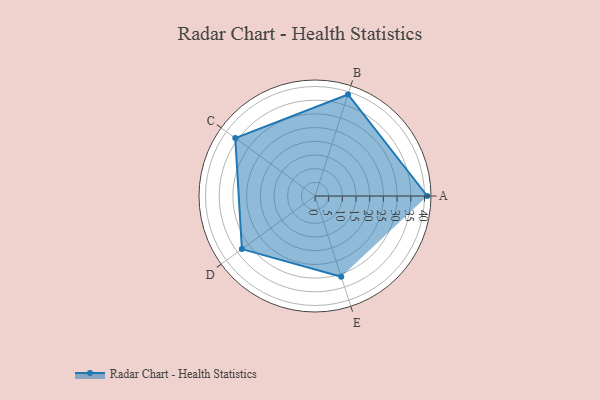
{"axis": {"x": "Skill", "y": "Score"}, "legend": ["Profile"], "data": [{"x": "A", "y": 41.0, "type": "Profile"}, {"x": "B", "y": 39.0, "type": "Profile"}, {"x": "C", "y": 36.0, "type": "Profile"}, {"x": "D", "y": 33.0, "type": "Profile"}, {"x": "E", "y": 31.0, "type": "Profile"}]}